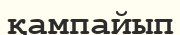
қампайып